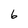
Character: 6